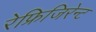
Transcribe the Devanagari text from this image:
रेफ्रिजिरेन्ट